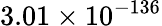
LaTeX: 3.01\times 10^{-136}